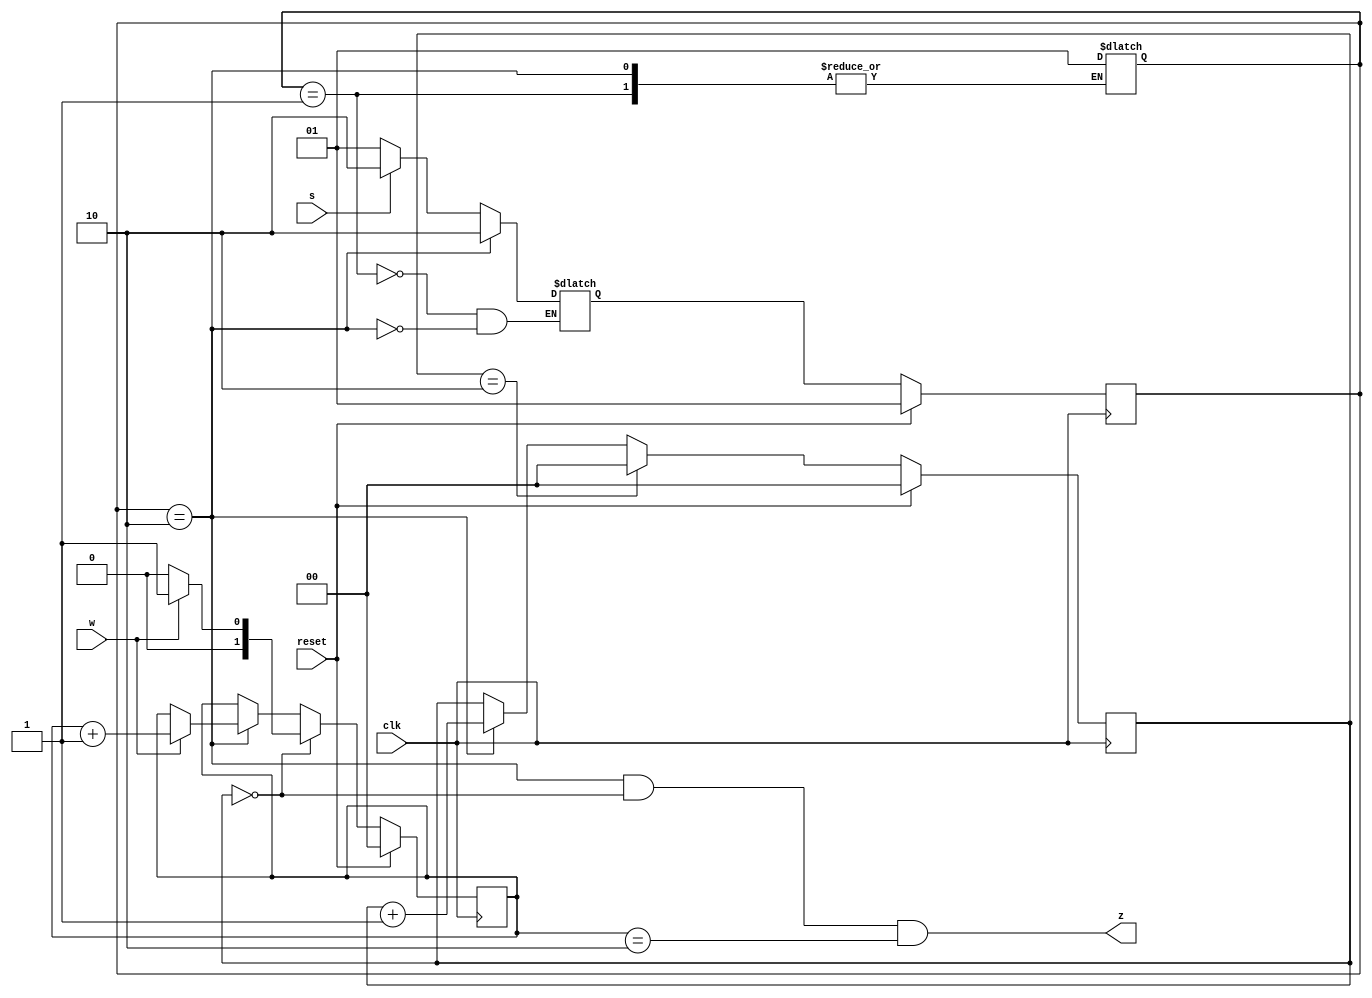
//https://hdlbits.01xz.net/wiki/Exams/2014_q3fsm

module top_module (
    input clk,
    input reset,   // Synchronous reset
    input s,
    input w,
    output z
);

    parameter A = 2'b01, B = 2'b10;

    reg [1:0] state;
    reg  [1:0] next_state;
    reg [1:0] mem;   
    reg [1:0] counter;

    always @(*) begin
        case (state)
            A: next_state = (s)? B:A;
            B: next_state = B; 
			default:state=A;
        endcase
    end

    always @(posedge clk ) begin
        if(reset)
            state <= A;
        else
            state <= next_state;
    end

    always @(posedge clk ) begin
        if(reset)
            mem <= 2'd0;
        else if(counter==2'd0)
            	mem <= w? 2'd1:2'd0;
        else if (state==B)
                mem <= w? (mem+1'b1):mem; 
    end

    always @(posedge clk ) begin
        if(reset)
            counter <= 2'd0;
        else if(counter==2'd2 )
            counter <= 2'd0;
        else if(state == B)
            counter <= counter + 1'b1;
    end

    assign z = (state==B && counter ==2'd0 && mem == 2'd2); 

endmodule